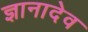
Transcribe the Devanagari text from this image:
ज्ञानादेव